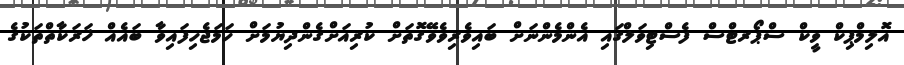
އޮލިމްޕިކް ވީކް ސްޕޯރޓްސް ފެސްޓިވަލްގައި އެންމެންނަށް ބައިވެރިވެވޭގޮތަށް ކުރިއަށްގެންދިޔުމަށް ހަމަޖެހިފައިވާ ބައެއް ޚަރަކާތްތަކުގެ